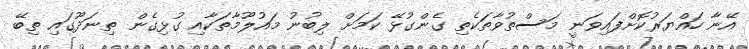
އޭނާ ހައްޔަރުކޮށްފައިވަނީ މަސްތުވާތަކެތި ގެންގުޅޭ ކަމަށް ލިބުނު މައުލޫމާތަކާއި ގުޅިގެން ތިނަދޫގައި ތިބޭ